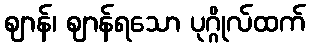
ဈာန်၊ ဈာန်ရသော ပုဂ္ဂိုလ်ထက်